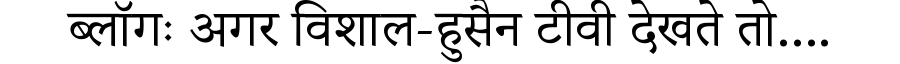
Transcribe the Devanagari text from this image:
ब्लॉगः अगर विशाल-हुसैन टीवी देखते तो....